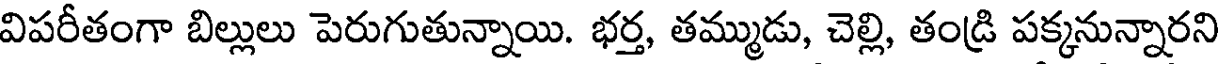
విపరీతంగా బిల్లులు పెరుగుతున్నాయి. భర్త, తమ్ముడు, చెల్లి, తండ్రి పక్కనున్నారని